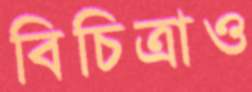
বিচিত্রাও